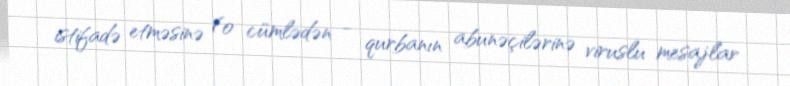
istifadə etməsinə (o cümlədən - qurbanın abunəçilərinə viruslu mesajlar